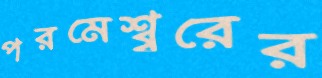
পরমেশ্ব্বরের